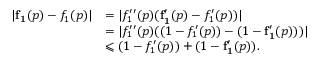
\begin{array} { r l } { \vert \mathbf { f _ { 1 } } ( p ) - f _ { 1 } ( p ) \vert } & { = \vert f _ { 1 } ^ { \prime \prime } ( p ) ( \mathbf { f _ { 1 } ^ { \prime } } ( p ) - f _ { 1 } ^ { \prime } ( p ) ) \vert } \\ & { = \vert f _ { 1 } ^ { \prime \prime } ( p ) ( ( 1 - f _ { 1 } ^ { \prime } ( p ) ) - ( 1 - \mathbf { f _ { 1 } ^ { \prime } } ( p ) ) ) \vert } \\ & { \leqslant ( 1 - f _ { 1 } ^ { \prime } ( p ) ) + ( 1 - \mathbf { f _ { 1 } ^ { \prime } } ( p ) ) . } \end{array}